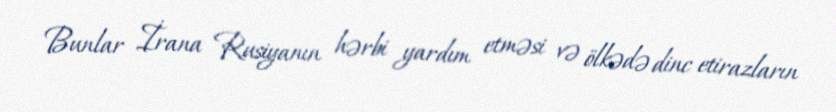
Bunlar İrana Rusiyanın hərbi yardım etməsi və ölkədə dinc etirazların